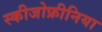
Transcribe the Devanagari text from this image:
स्‍कीजोफ्रीनिया